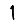
Digit: 1